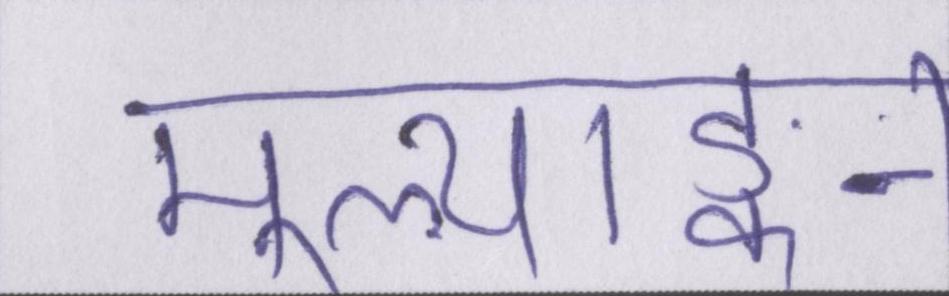
मूल्याङ्कन